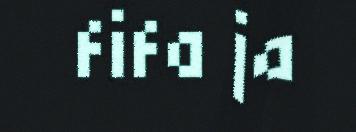
fifa ja